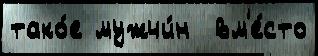
тако́е мужчи́н  вм'е́сто